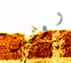
رونين